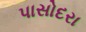
પાસોદરા